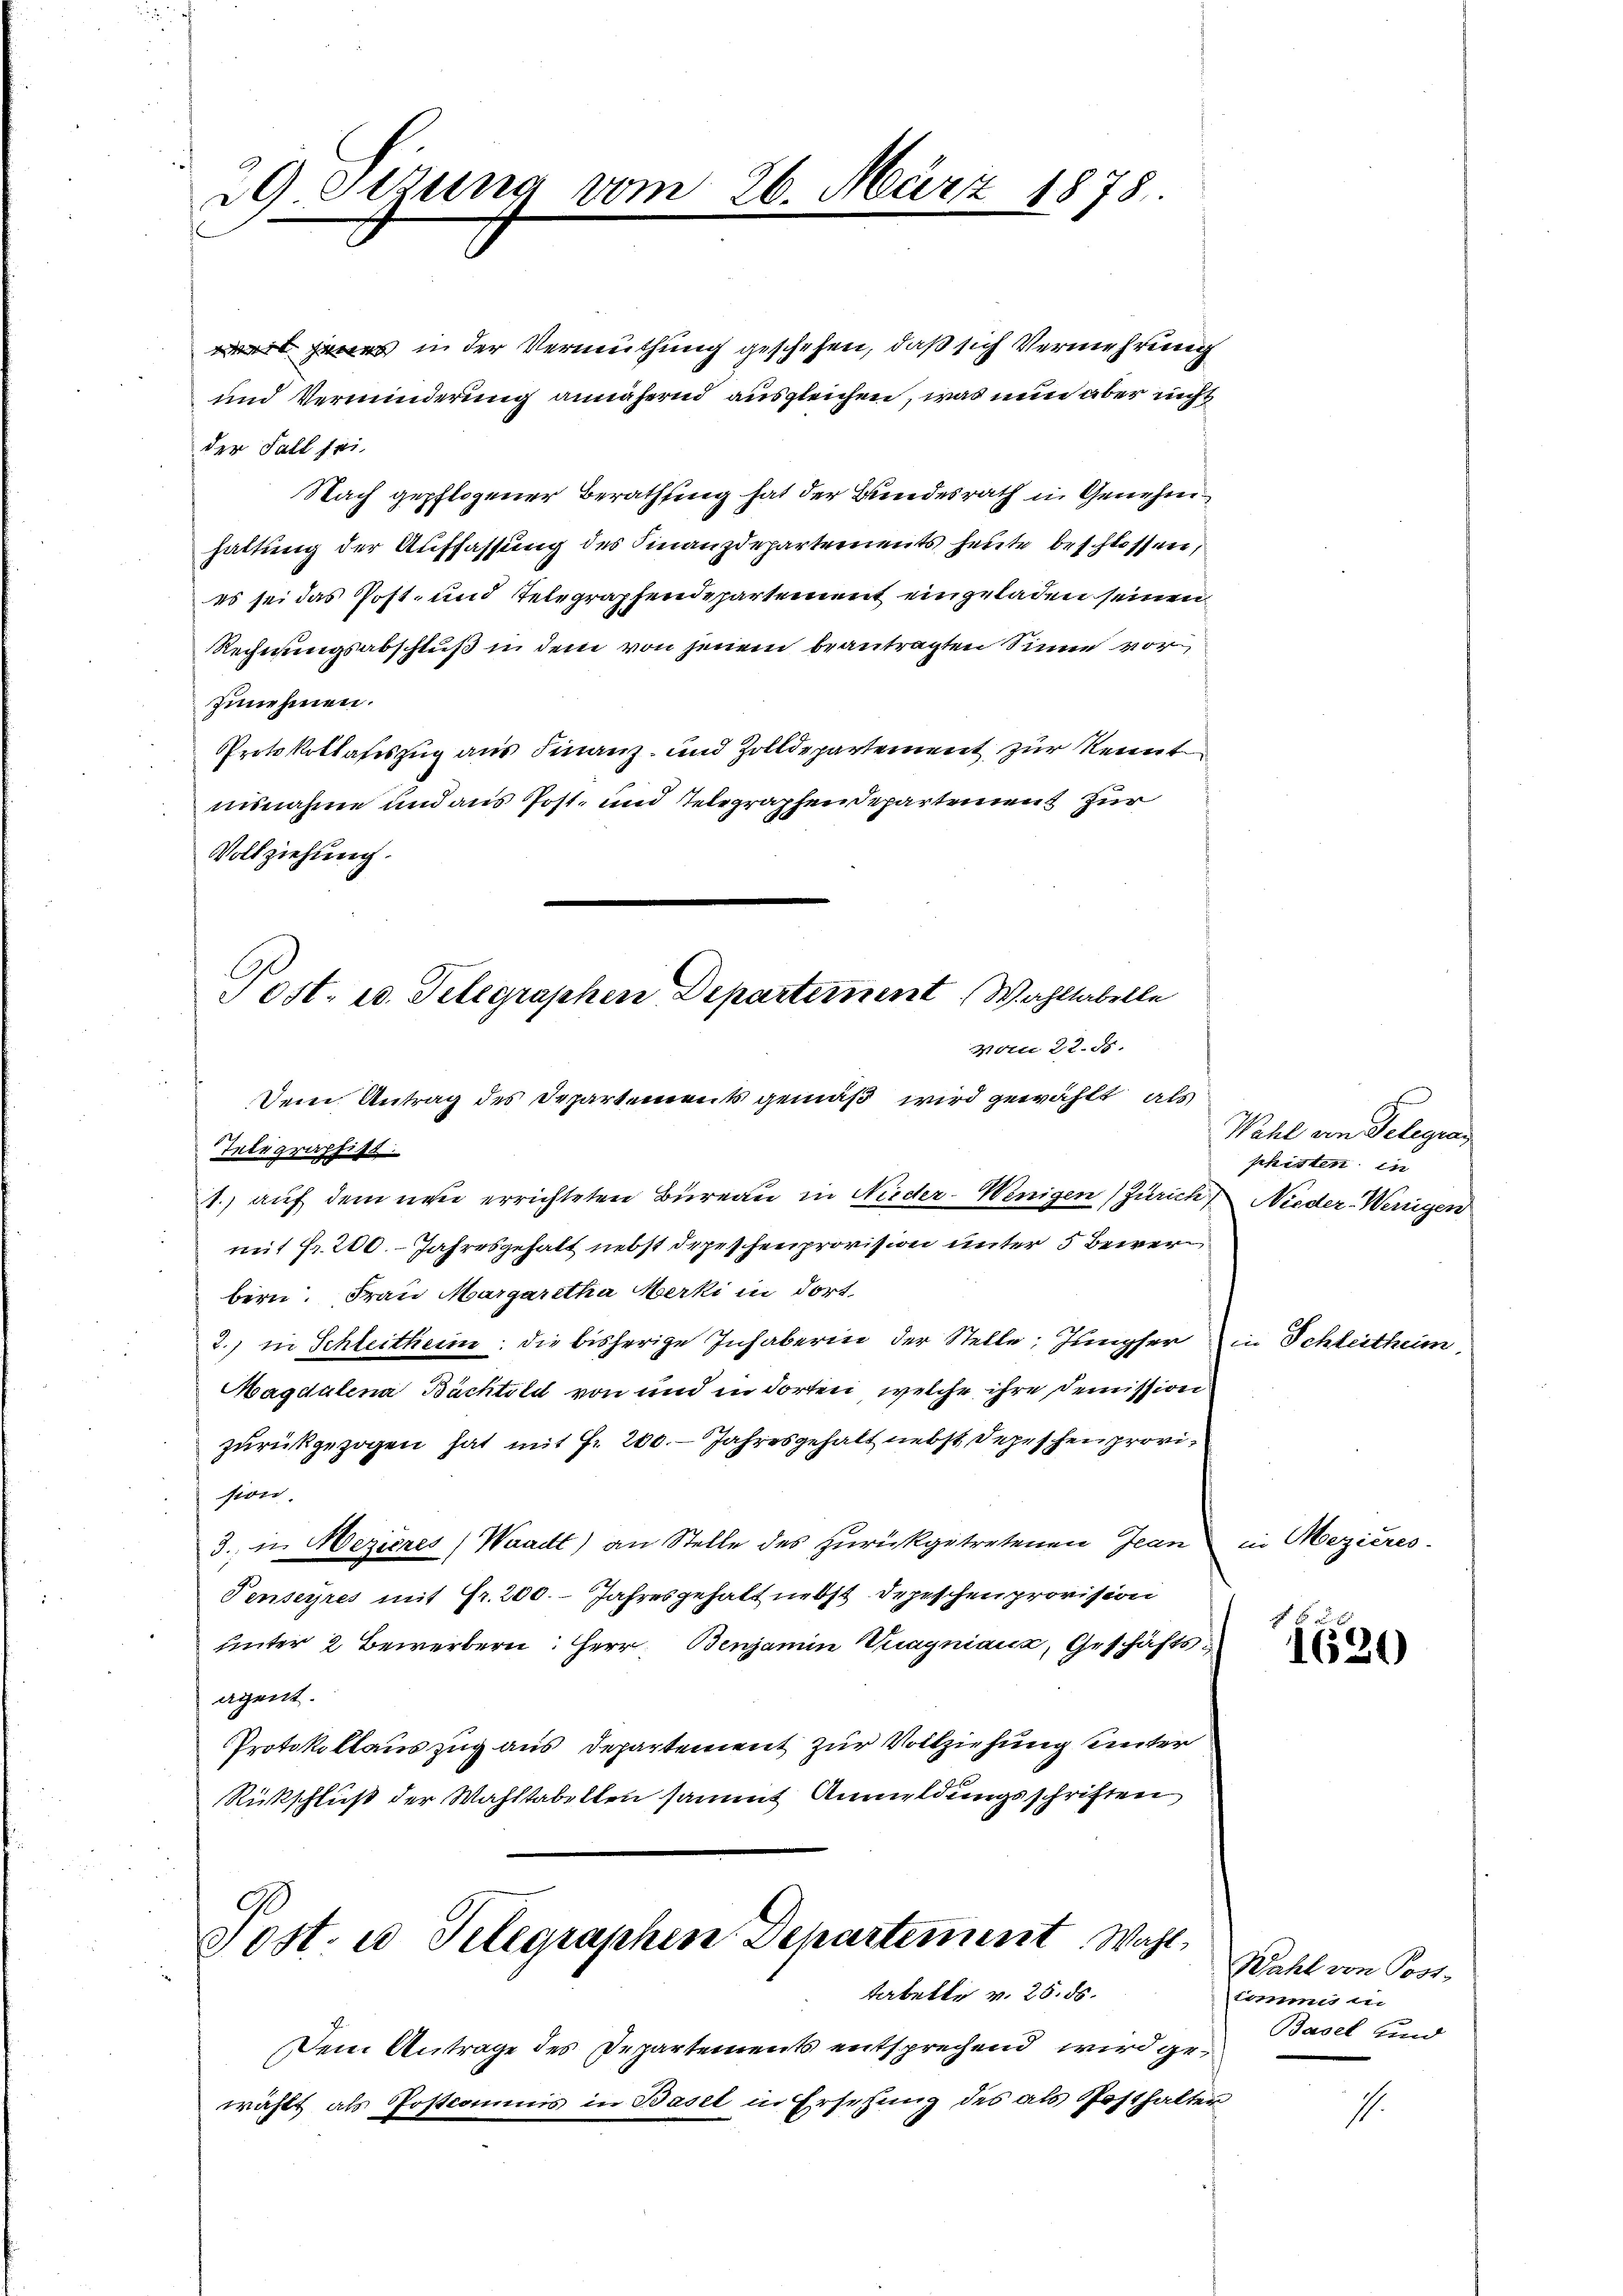
29 Stzung vom 26. März 1878.

t jenes in der Vermuthung geschehen, daß sich Vermehrung
und Verminderung annähernd ausgleichen, was nun aber nicht
der Fall sei
Nach gepflogener Berathung hat der Bundesrath in Genehmhaltung der Auffassung des Finanzdepartements heute beschlossen,
es sei das Post- und Telegraphendepartement eingeladen seinen,
Rechnungsabschluß in dem von jenem brantragten Sinne vor
zunehmen.
Protokollasiszug aus Finanz- und Zolldepartement zur Kennt
innahme und aus Post. und Telegraphen Departement zur
Vollziehung.

Post- u. Telegraphen Departement Wahllabelle
vom 22. ds.

Post. es Telegraphen Departement Wahltabelle v. 25. ds.

Dem Antrag des Departements gemäß wird gewählt, als
Telegraphist.
1.) auf dem neu errichteten Büreau in Nieder-Wenigen (Zürich Nieder-Wenigen
mit Fr. 200. Jahresgehalt nebst Depeschenprovision unter 5 Bewerbern. Frau Margaretha Merki in dort
2.) in Schleitheim: die bisherige Inhaberin der Stelle; Jungfer
Magdalena Bachtold von und in dorten, welche ihre Demission
zurückgezogen hat mit Fr. 200. Jahresgehalt nebst Depeschen provision.
3., in Mezicres (Waadt) an Stelle des zurückgetretenen Jean
Penseyres mit Fr. 200. Jahresgehalt nebst Depeschen provision
unter 2 Bewerbern: Herr Benjamin Vuagniaux, Geschäftsagent.
Protokollauszug aus Departement zur Vollziehung unter
Rückschluß der Wahltabellen sammt Anmeldungsschriften

Dem Antrage des Departements entsprechend wird gewählt als Postcommis in Basel in Ersehung des als Posthalten

Wahl von Telegras
shisten in

in Schleitheim,

in Mezieres.

1630

Wahl von Post-
tirmes in
Basel sind